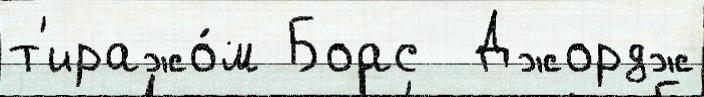
т'иражо́м Боас  Джордж